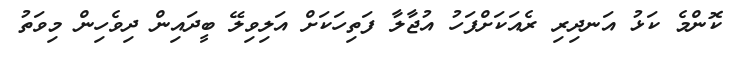
ކޮންމެ ކަޅު އަނދިރި ރެއަކަށްފަހު އުޖާލާ ފަތިހަކަށް އަލިވިލޭ ބީދައިން ދިވެހިން މިވަތު